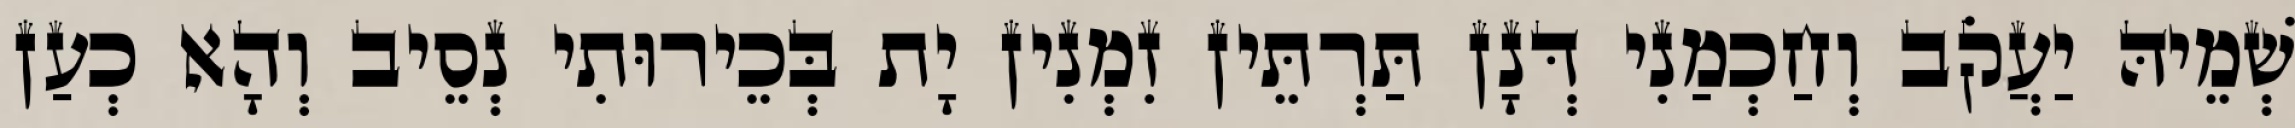
שְׁמֵיהּ יַעֲקֹב וְחַכְמַנִי דְּנָן תַּרְתֵּין זִמְנִין יָת בְּכֵירוּתִי נְסֵיב וְהָא כְעַן